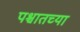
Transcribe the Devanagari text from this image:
पश्चातच्या